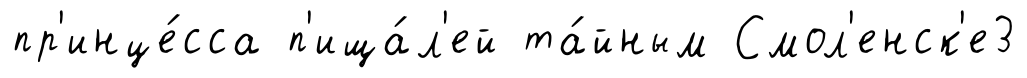
пр'инце́сса п'ища́л'ей та́йным Смол'енск'е3